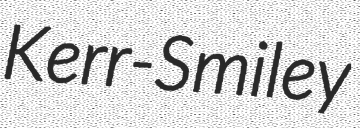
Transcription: Kerr-Smiley